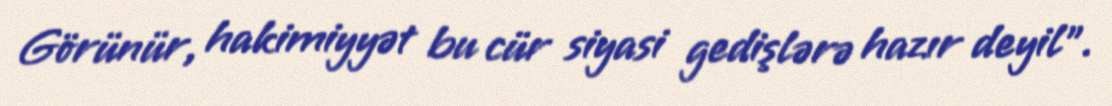
Görünür, hakimiyyət bu cür siyasi gedişlərə hazır deyil”.